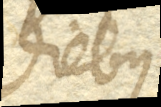
diebus